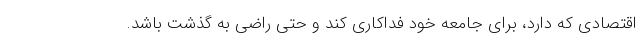
اقتصادی که دارد، برای جامعه‌ خود فداکاری کند و حتی راضی به گذشت باشد.